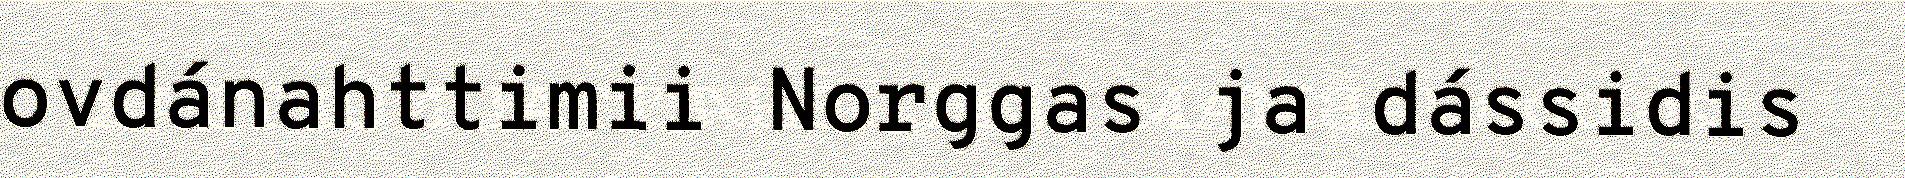
ovdánahttimii Norggas ja dássidis